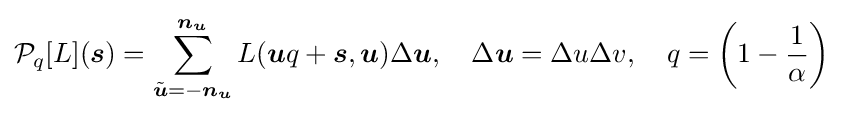
{\mathcal {P}}_{q}[L]({\boldsymbol {s}})=\sum _{{\tilde {\boldsymbol {u}}}=-{\boldsymbol {n}}_{\boldsymbol {u}}}^{{\boldsymbol {n}}_{\boldsymbol {u}}}L({\boldsymbol {u}}q+{\boldsymbol {s}},{\boldsymbol {u}})\Delta {\boldsymbol {u}},\quad \Delta {\boldsymbol {u}}=\Delta u\Delta v,\quad q=\left(1-{\frac {1}{\alpha }}\right)